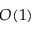
O ( 1 )